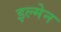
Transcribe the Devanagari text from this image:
इल्मेन